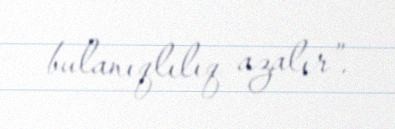
bulanıqlılıq azalır”.